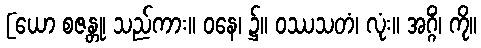
[ယော စဇန္တု၊ သည်ကား။ ဝနေ၊ ၌။ ဝဿသတံ၊ လုံး။ အဂ္ဂိံ၊ ကို။